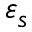
\varepsilon _ { s }